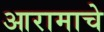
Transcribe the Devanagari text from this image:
आरामाचे